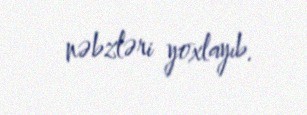
nəbzləri yoxlayıb.